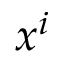
x ^ { i }